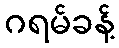
ဂရမ်ခန့်